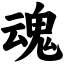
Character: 魂